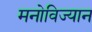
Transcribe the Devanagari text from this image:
मनोविज्यान